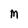
Character: M